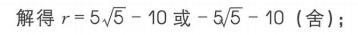
解得\(r = 5\sqrt{5}-10\)或\(-5\sqrt{5}-10\)（舍）；